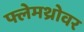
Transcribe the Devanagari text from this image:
फ्लेमथ्रोवर